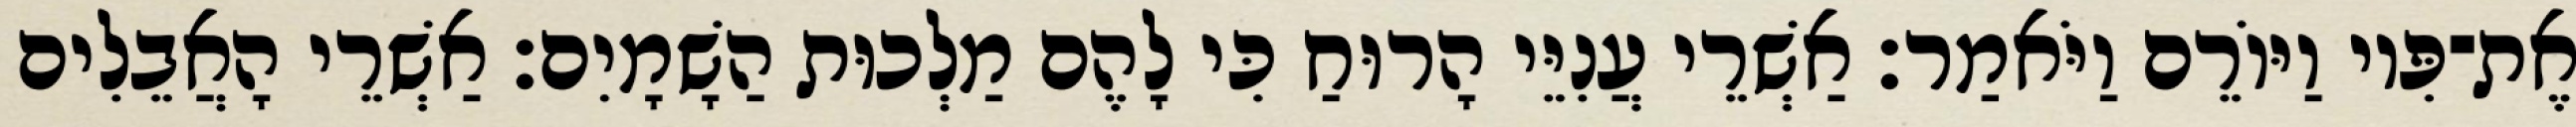
אֶת־פִּיו וַיּוֹרֵם וַיֹּאמַר׃ אַשְׁרֵי עֲנִיֵּי הָרוּחַ כִּי לָהֶם מַלְכוּת הַשָׁמָיִם׃ אַשְׁרֵי הָאֲבֵלִים